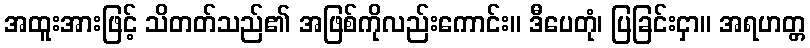
အထူးအားဖြင့် သိတတ်သည်၏ အဖြစ်ကိုလည်းကောင်း။ ဒီပေတုံ၊ ပြခြင်းငှာ။ အရဟတ္တ